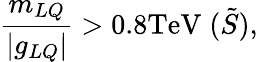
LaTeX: \frac{m_{LQ}}{|g_{LQ}|}>0.8\mathrm{TeV}\; (\tilde{S}),\;